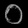
Digit: ၀